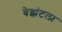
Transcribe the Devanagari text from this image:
बेझंटला